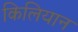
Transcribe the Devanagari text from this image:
किलियान